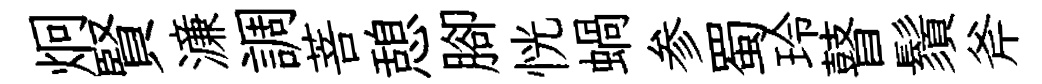
炯賢濓調菩憩腳恍蝸参蜀玲瞽鬚斧